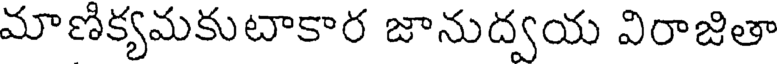
మాణిక్యమకుటాకార జానుద్వయ విరాజితా